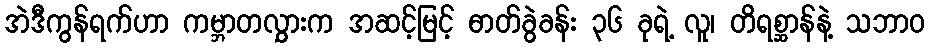
အဲဒီကွန်ရက်ဟာ ကမ္ဘာတလွှားက အဆင့်မြင့် ဓာတ်ခွဲခန်း ၃၆ ခုရဲ့ လူ၊ တိရစ္ဆာန်နဲ့ သဘာဝ